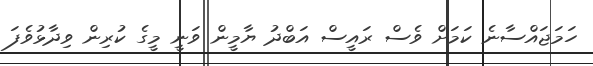
ހަމަޖައްސާނެ ކަމަށް ވެސް ރައީސް އަބްދު ޔާމީން ވަނީ މީގެ ކުރިން ވިދާޅުވެފަ